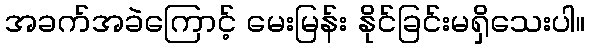
အခက်အခဲကြောင့် မေးမြန်း နိုင်ခြင်းမရှိသေးပါ။